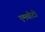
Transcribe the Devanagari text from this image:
एमबीटी